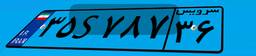
۳۵S۷۸۷۳۶